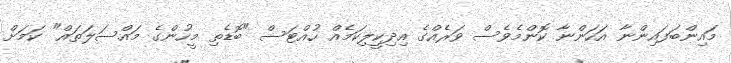
މައިންބަފައިންނާ އަހަންނާ ކޮންމެވެސް ވަރެއްގެ އިދިކީލިކަމެއް ހުއްޓަސް "ބޮޑެތި މީހުންގެ މައްސަލަތައް" ކަމަށް